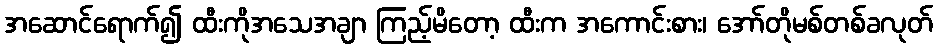
အဆောင်ရောက်၍ ထီးကိုအသေအချာ ကြည့်မိတော့ ထီးက အကောင်းစား၊ အော်တိုမစ်တစ်ခလုတ်